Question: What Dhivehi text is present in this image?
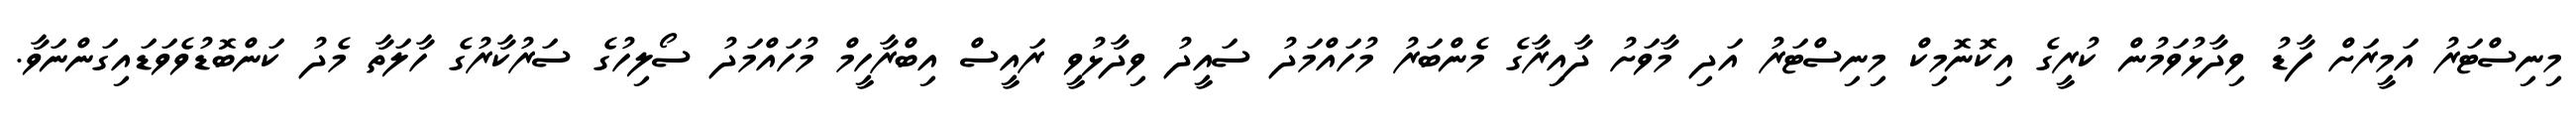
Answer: މިނިސްޓަރު އަމީރަށް ފާޑު ވިދާޅުވަމުން ކުރީގެ އިކޮނޮމިކް މިނިސްޓަރު އަދި މާވަށު ދާއިރާގެ މެންބަރު މުހައްމަދު ސައީދު ވިދާޅުވީ ރައީސް އިބްރާހީމް މުހައްމަދު ސޯލިހުގެ ސަރުކާރުގެ ހާލަތާ މެދު ކަންބޮޑުވެވަޑައިގަންނަވާ.